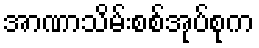
အာဏာသိမ်းစစ်အုပ်စုက